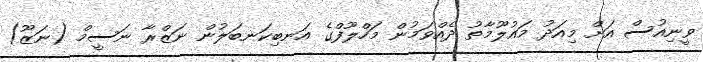
ވީނިއުސް އަށް މިއަދު މައުލޫމާތު ދެއްވަމުން މަހްލޫފްގެ އަނބިކަނބަލުން ނަޒްރާ ނަސީމް (ނަޒޫ)